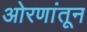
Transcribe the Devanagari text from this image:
ओरणांतून